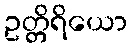
ဥတ္တိရိယော